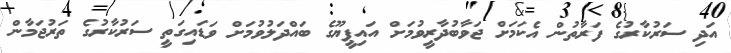
އަދި ސަރުކާރުގެ ފަރާތުން އެކަމަށް ޖަވާބުދާރީވުމަށް އައިޕީޔޫގެ ބައްދަލުވުމަށް ވަޑައިގަތީ ސަރުކާރުގެ ތަރުޖަމާން